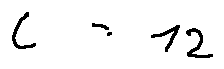
c = 1 2